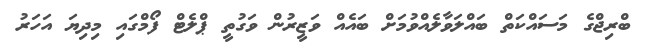
ބްރިޖްގެ މަސައްކަތް ބައްލަވާލެއްވުމަށް ބައެއް ވަޒީރުން ވަގުތީ ޕްލެޓް ފޯމްގައި މިދިޔަ އަހަރު